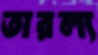
তারল্য